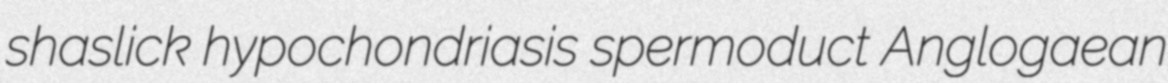
shaslick hypochondriasis spermoduct Anglogaean